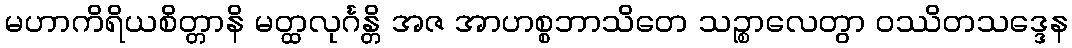
မဟာကိရိယစိတ္တာနိ မတ္ထလုင်္ဂန္တိ အဇ အာဟစ္စဘာသိတေ သဉ္စာလေတွာ ဝဿိတသဒ္ဒေန